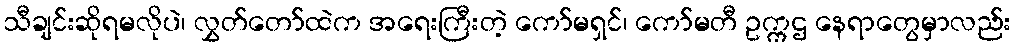
သီချင်းဆိုရမလိုပဲ၊ လွှတ်တော်ထဲက အရေးကြီးတဲ့ ကော်မရှင်၊ ကော်မတီ ဥက္ကဌ နေရာတွေမှာလည်း